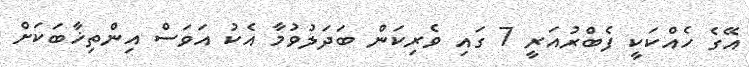
އޭގެ ހެއްކަކީ ފެބްރުއަރީ 7 ގައި ވެރިކަން ބަދަލުވުމާ އެކު އަވަސް އިންތިޚާބަކަށް